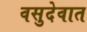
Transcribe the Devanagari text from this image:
वसुदेवात